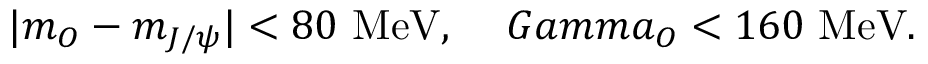
\vert m _ { O } - m _ { J / \psi } \vert < 8 0 \ \mathrm { M e V } , \ \ \ \, G a m m a _ { O } < 1 6 0 \ \mathrm { M e V } .